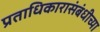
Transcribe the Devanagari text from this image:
प्रताधिकारासंबंधीच्या